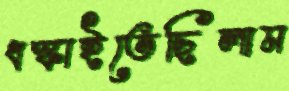
ধস্‌কাইতেছিলাম